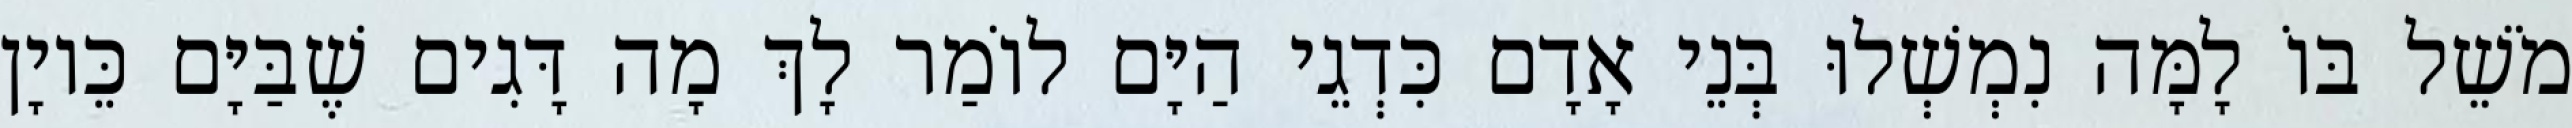
מֹשֵׁל בּוֹ לָמָּה נִמְשְׁלוּ בְּנֵי אָדָם כִּדְגֵי הַיָּם לוֹמַר לָךְ מָה דָּגִים שֶׁבַּיָּם כֵּיוָן